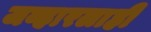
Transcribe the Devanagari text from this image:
जव्हारलाही